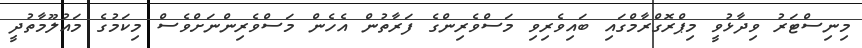
މިނިސްޓަރު ވިދާޅުވީ މިޕްރޮގްރާމްގައި ބައިވެރިވި މަސްވެރިންގެ ފަރާތުން އެހެން މަސްވެރިންނަށްވެސް މިކަމުގެ މައުލޫމާތުދީ